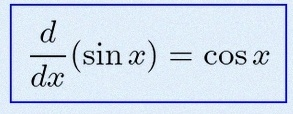
\frac{d}{dx}(\sin x)=\cos x